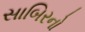
સાબિરનો